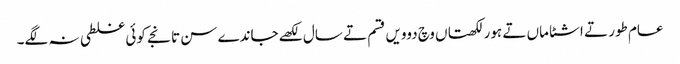
عام طور تے اشٹاماں تے ہور لکھتاں وچ دوویں قسم تے سال لکھے جاندے سن تانجے کوئی غلطی نہ لگے۔